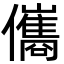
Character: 儶